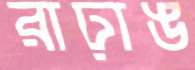
রাঢ়াঙ